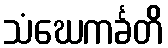
သံဃေကင်္ခတိ